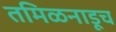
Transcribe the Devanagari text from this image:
तमिळनाडूच